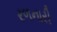
રળનારી